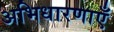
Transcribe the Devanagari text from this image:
अभिधारणाएँ